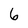
Character: 6